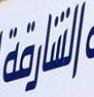
الشارقة